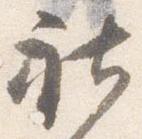
社